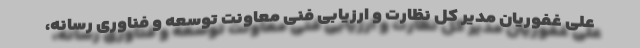
علی غفوریان مدیر کل نظارت و ­ارزیابی فنی معاونت توسعه و ­فناوری رسانه،